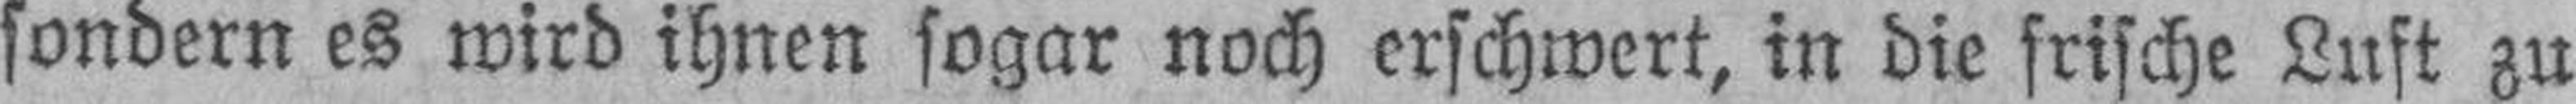
sondern es wird ihnen sogar noch erschwert, in die frische Luft zu